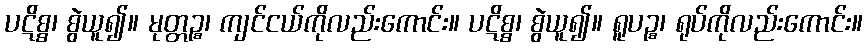
ပဋိစ္စ၊ စွဲယူ၍။ မုတ္တဉ္စ၊ ကျင်ငယ်ကိုလည်းကောင်း။ ပဋိစ္စ၊ စွဲယူ၍။ ရူပဉ္စ၊ ရုပ်ကိုလည်းကောင်း။